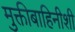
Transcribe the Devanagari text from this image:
मुक्तीबाहिनीशी